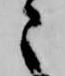
々